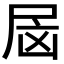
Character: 𰍷